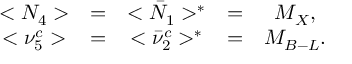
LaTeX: \begin{array} { c c c c c } { { < N _ { 4 } > } } & { { = } } & { { < \bar { N } _ { 1 } > ^ { * } } } & { { = } } & { { M _ { X } , } } \\ { { < \nu _ { 5 } ^ { c } > } } & { { = } } & { { < \bar { \nu } _ { 2 } ^ { c } > ^ { * } } } & { { = } } & { { M _ { B - L } . } } \end{array}